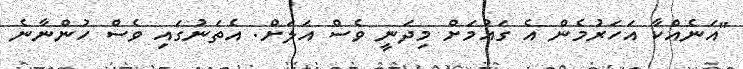
"އަނެއްކާ އަހަރުމެން އެ ގައުމަށް މިދަނީ ވެސް އަލަށް. އެތަނުގައި ވެސް ހުންނާނެ